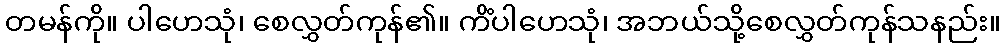
တမန်ကို။ ပါဟေသုံ၊ စေလွှတ်ကုန်၏။ ကိံပါဟေသုံ၊ အဘယ်သို့စေလွှတ်ကုန်သနည်း။